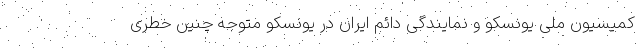
کمیسیون ملی یونسکو و نمایندگی دائم ایران در یونسکو متوجه چنین خطری